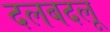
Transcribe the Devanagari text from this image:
दलबदलू